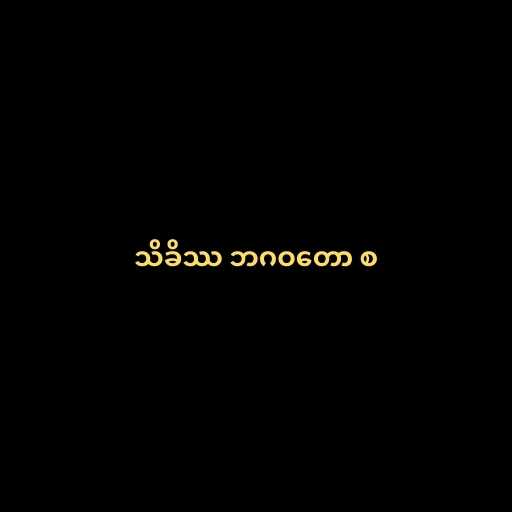
သိခိဿ ဘဂဝတော စ